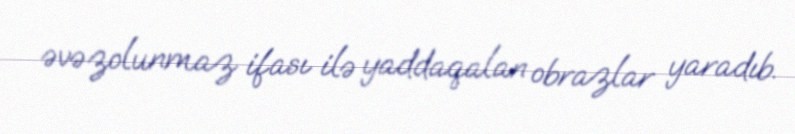
əvəzolunmaz ifası ilə yaddaqalan obrazlar yaradıb.